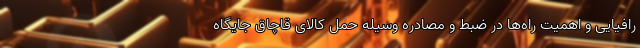
رافیایی و اهمیت راه‌ها در ضبط و مصادره وسیله حمل کالای قاچاق جایگاه